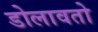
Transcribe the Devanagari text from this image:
डोलावतो